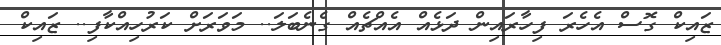
ޒައިކް ގޮސް އެހެރަ ފިހާރައިން ދަޅެއް އެއްޗެއް ގެނެބަލަ.. މަވަރަށް ކަރުހިއްކާފި.. ޒައިކް